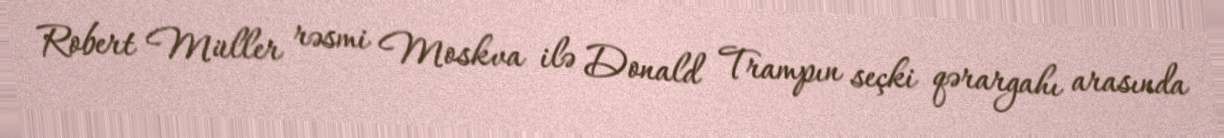
Robert Müller rəsmi Moskva ilə Donald Trampın seçki qərargahı arasında